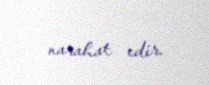
narahat edir.